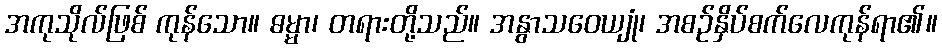
အကုသိုလ်ဖြစ် ကုန်သော။ ဓမ္မာ၊ တရားတို့သည်။ အနွာသဝေယျုံ၊ အစဉ်နှိပ်စက်လေကုန်ရာ၏။